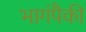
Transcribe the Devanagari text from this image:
भागंपैकी